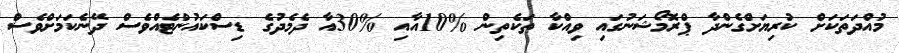
މުއްދަތަކަށް ކުރިޔަށްގެންދާ ޕްރޮމޯޝަނުގައި ވިއްކާ ތަކެތިން %10އާއި %30އާ ދެމެދުގެ ޑިސްކައުންޓެއްވެސް ދޭނެކަމަށްވެސް